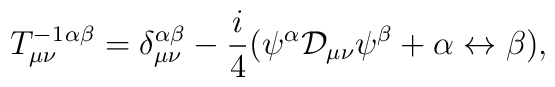
T^{-1}_{\mu\nu}{}^{\alpha \beta} = \delta^{\alpha \beta}_{\mu \nu} - \frac{i}{4}(\psi^{\alpha} {\cal D}_{\mu \nu}  \psi^{\beta} + \alpha \leftrightarrow \beta),